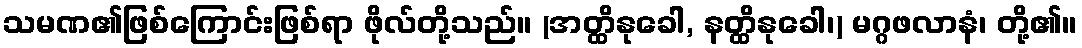
သမဏ၏ဖြစ်ကြောင်းဖြစ်ရာ ဖိုလ်တို့သည်။ (အတ္ထိနုခေါ, နတ္ထိနုခေါ၊) မဂ္ဂဖလာနံ၊ တို့၏။